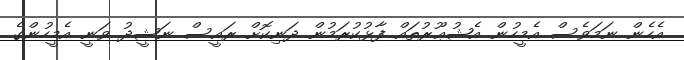
އެހެން ނަމަވެސް އެމީހުން އެޝުޢޫރުތައް ފާޅުކުރަމުން ދަނިކޮށް ރައީސް ނަޝީދު ވަނީ އެމީހުންގެ